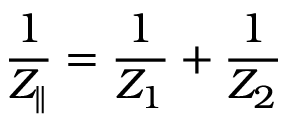
\frac { 1 } { Z _ { \parallel } } = \frac { 1 } { Z _ { 1 } } + \frac { 1 } { Z _ { 2 } }